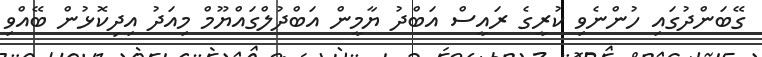
ގޭބަންދުގައި ހުންނެވި ކުރީގެ ރައީސް އަބްދު ޔާމީން އަބްދުލްގައްޔޫމް މިއަދު އިދިކޮޅުން ބޭއްވި